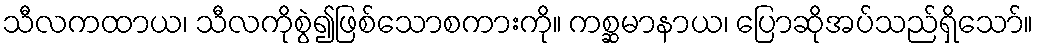
သီလကထာယ၊ သီလကိုစွဲ၍ဖြစ်သောစကားကို။ ကစ္ဆမာနာယ၊ ပြောဆိုအပ်သည်ရှိသော်။